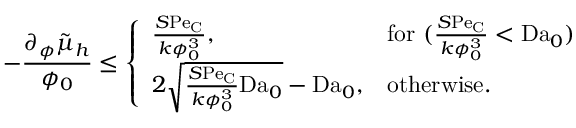
- \frac { \partial _ { \phi } \tilde { \mu } _ { h } } { \phi _ { 0 } } \leq \left\{ \begin{array} { l l } { \frac { S \mathrm { P e } _ { \mathrm { C } } } { k \phi _ { 0 } ^ { 3 } } , } & { \mathrm { f o r ~ } ( \frac { S \mathrm { P e } _ { \mathrm { C } } } { k \phi _ { 0 } ^ { 3 } } < \mathrm { D a } _ { 0 } ) } \\ { 2 \sqrt { \frac { S \mathrm { P e } _ { \mathrm { C } } } { k \phi _ { 0 } ^ { 3 } } \mathrm { D a } _ { 0 } } - \mathrm { D a } _ { 0 } , } & { \mathrm { o t h e r w i s e } . } \end{array} \right.